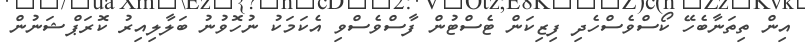
އިން ތިތަނާބެހޭ ކޯސްވެސްހެދި ފިޒިކަން ޓެސްޓުން ފާސްވެސްވި އެކަމަކު ނުހޮވުނު ބަލާލިއިރު ކޮރަޕްޝަނުން